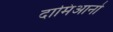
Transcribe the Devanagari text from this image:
दामिआनो